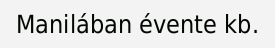
Manilában évente kb.